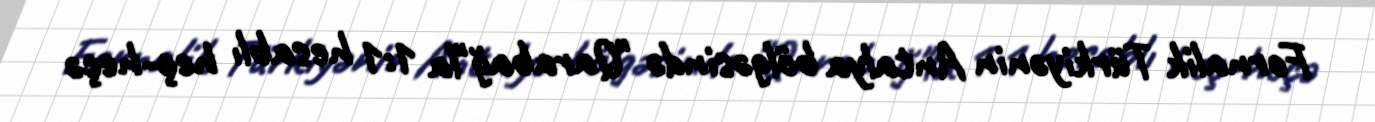
Fornalik Türkiyənin Antalya bölgəsində "Qarabağ"la 1:1 hesablı heç-heçə